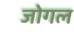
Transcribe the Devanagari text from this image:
जोगल